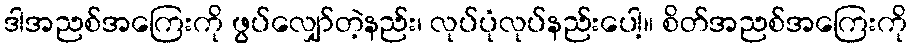
ဒါအညစ်အကြေးကို ဖွပ်လျှော်တဲ့နည်း၊ လုပ်ပုံလုပ်နည်းပေါ့။ စိတ်အညစ်အကြေးကို